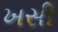
ખસી